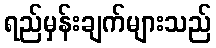
ရည်မှန်းချက်များသည်